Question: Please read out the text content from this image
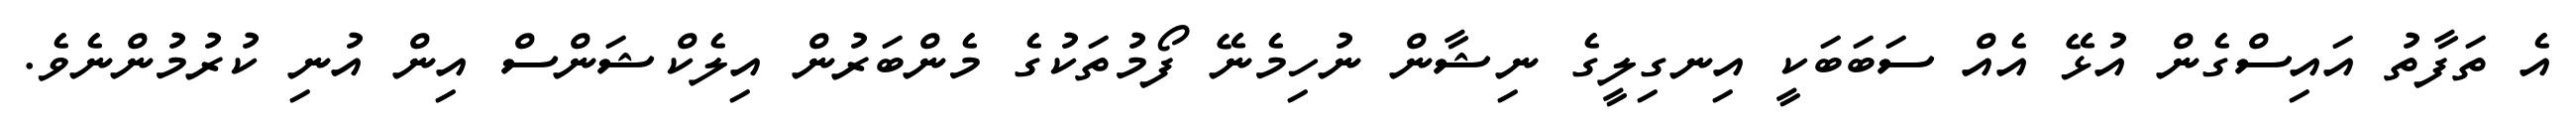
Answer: އެ ތަފާތު އައިސްގެން އުޅޭ އެއް ސަބަބަކީ އިނގިލީގެ ނިޝާން ނުހިމެނޭ ފޯމުތަކުގެ މެންބަރުން އިލެކްޝަންސް އިން އުނި ކުރުމުންނެވެ.